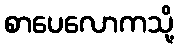
စာပေလောကသို့